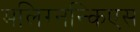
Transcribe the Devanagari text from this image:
मलिग्नन्किएस